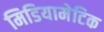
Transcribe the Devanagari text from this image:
मिडियामेटिक